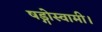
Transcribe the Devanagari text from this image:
षड्गोस्वामी।